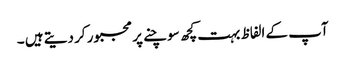
آپ کے الفاظ بہت کچھ سوچنے پر مجبور کر دیتے ہیں ۔